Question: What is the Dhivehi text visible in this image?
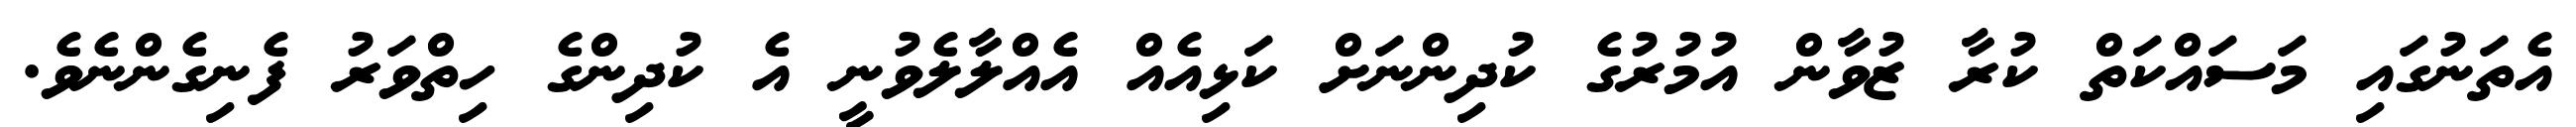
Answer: އެތަނުގައި މަސައްކަތް ކުރާ ޒުވާން އުމުރުގެ ކުދިންނަށް ކަޅިއެއް އެއްލާލެވުނީ އެ ކުދިންގެ ހިތްވަރު ފެނިގެންނެވެ.